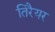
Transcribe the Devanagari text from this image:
तिरैयर